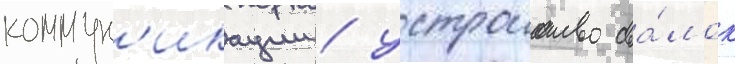
коммун'икации / устроиство сва́лок